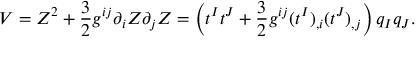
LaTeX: V = Z ^ { 2 } + { \frac { 3 } { 2 } } g ^ { i j } \partial _ { i } Z \partial _ { j } Z = \left( t ^ { I } t ^ { J } + { \frac { 3 } { 2 } } g ^ { i j } ( t ^ { I } ) _ { , i } ( t ^ { J } ) _ { , j } \right) q _ { I } q _ { J } .